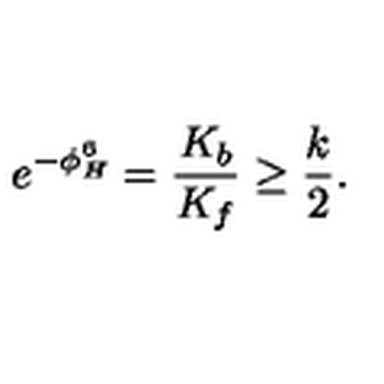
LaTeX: e ^ { - \phi _ { H } ^ { 6 } } = { \frac { K _ { b } } { K _ { f } } } \geq { \frac { k } { 2 } } .